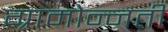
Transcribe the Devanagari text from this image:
ग्रामोन्नती